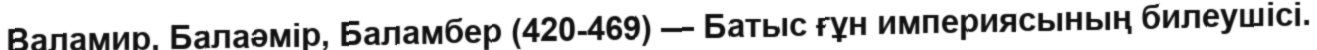
Валамир, Балаәмір, Баламбер (420-469) — Батыс ғұн империясының билеушісі.